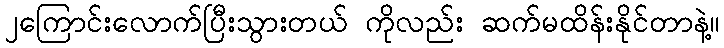
၂ကြောင်းလောက်ပြီးသွားတယ် ကိုလည်း ဆက်မထိန်းနိုင်တာနဲ့။